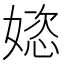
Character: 𫱝